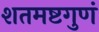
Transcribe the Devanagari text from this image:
शतमष्टगुणं